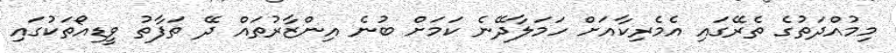
މިމުއްދަތުގެ ތެރޭގައި އެމެރިކާއަށް ހަމަލާދޭނެ ކަމަށް ބުނެ އިންޒާރުތައް ދޭ ތަފާތު ވީޑިއޯތަކުގައި